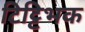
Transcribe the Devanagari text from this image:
टिट्टिभक